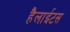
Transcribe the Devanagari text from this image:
हैलाईटस